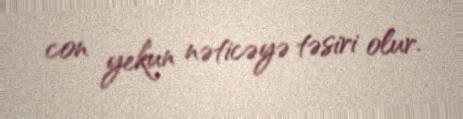
con yekun nəticəyə təsiri olur.